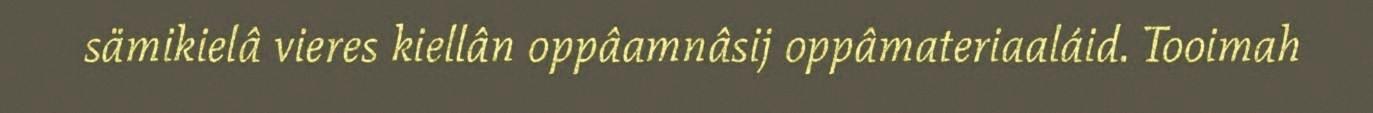
sämikielâ vieres kiellân oppâamnâsij oppâmateriaaláid. Tooimah